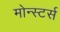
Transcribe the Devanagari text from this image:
मोन्स्टर्स